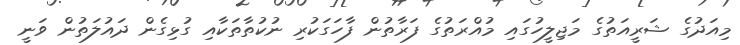
މިއަދުގެ ޝަރީއަތުގެ މަޖިލީހުގައި މުއްރަތުގެ ފަރާތުން ފާހަގަކުރި ނުކުތާތަކާއި ގުޅިގެން ދައުލަތުން ވަނީ